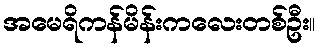
အမေရိကန်မိန်းကလေးတစ်ဦး။